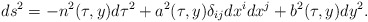
\begin{align*}ds^2=-n^2(\tau,y)d\tau^2+a^2(\tau,y)\delta_{ij}dx^idx^j+b^2(\tau,y)dy^2.\end{align*}